Vaccination in Bombay 1856-1862 - 1856-1862
Year: 1856
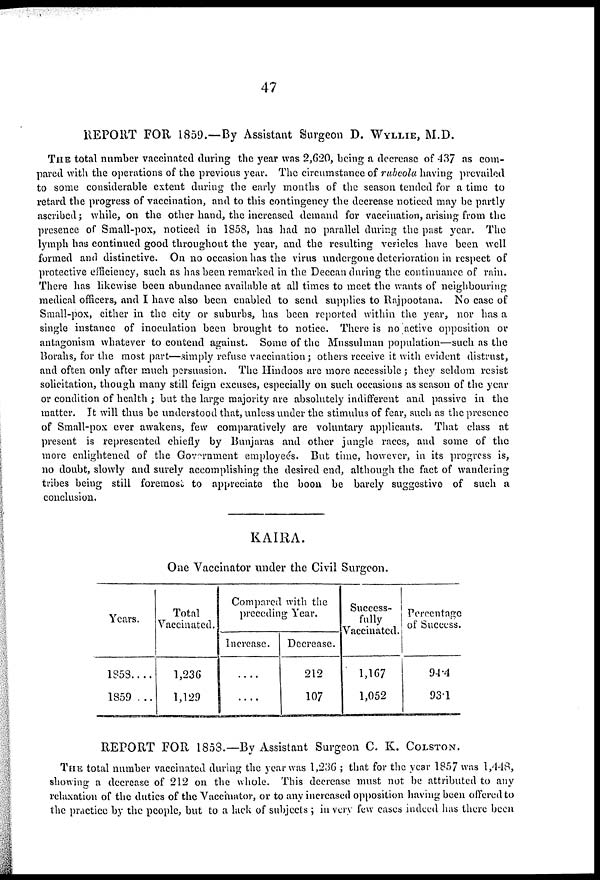
47
REPORT FOR 1859.—By Assistant Surgeon D. WYLLIE, M.D.
THE total number vaccinated during the year was 2,620, being a decrease of 437 as com-
pared with the operations of the previous year. The circumstance of rubeola having prevailed
to some considerable extent during the early months of the season tended for a time to
retard the progress of vaccination, and to this contingency the decrease noticed may be partly
ascribed; while, on the other hand, the increased demand for vaccination, arising from the
presence of Small-pox, noticed in 1858, has had no parallel during the past year. The
lymph has continued good throughout the year, and the resulting vesicles have been well
formed and distinctive. On no occasion has the virus undergone deterioration in respect of
protective efficiency, such as has been remarked in the Deccan during the continuance of rain.
There has likewise been abundance available at all times to meet the wants of neighbouring
medical officers, and I have also been enabled to send supplies to Rajpootana. No case of
Small-pox, cither in the city or suburbs, has been reported within the year, nor has a
single instance of inoculation been brought to notice. There is no active opposition or
antagonism whatever to contend against. Some of the Mussulman population—such as the
Borahs, for the most part—simply refuse vaccination; others receive it with evident distrust,
and often only after much persuasion. The Hindoos are more accessible ; they seldom resist
solicitation, though many still feign excuses, especially on such occasions as season of the year
or condition of health ; but the large majority are absolutely indifferent and passive in the
matter. It will thus be understood that, unless under the stimulus of fear, such as the presence
of Small-pox ever awakens, few comparatively are voluntary applicants. That class at
present is represented chiefly by Bunjaras and other jungle races, and some of the
more enlightened of the Government employeés. But time, however, in its progress is,
no doubt, slowly and surely accomplishing the desired end, although the fact of wandering
tribes being still foremost to appreciate the boon be barely suggestive of such a
conclusion.
KAIRA.
One Vaccinator under the Civil Surgeon.
Years.
1858....
1859 ...
Total
Vaccinated.
1,236
1,129
Compared with the
preceding Year.
Increase.
....
....
Decrease.
212
107
Success-
fully
Vaccinated.
1,167
1,052
Percentage
of Success.
94.4
93.1
REPORT FOR 1853.—By Assistant Surgeon C. K. COLSTON.
THE total number vaccinated during the year was 1,236 ; that for the year 1857 was 1,448,
showing a decrease of 212 on the whole. This decrease must not be attributed to any
relaxation of the duties of the Vaccinator, or to any increased opposition having been offered to
the practice by the people, but to a lack of subjects ; in very few cases indeed has there been